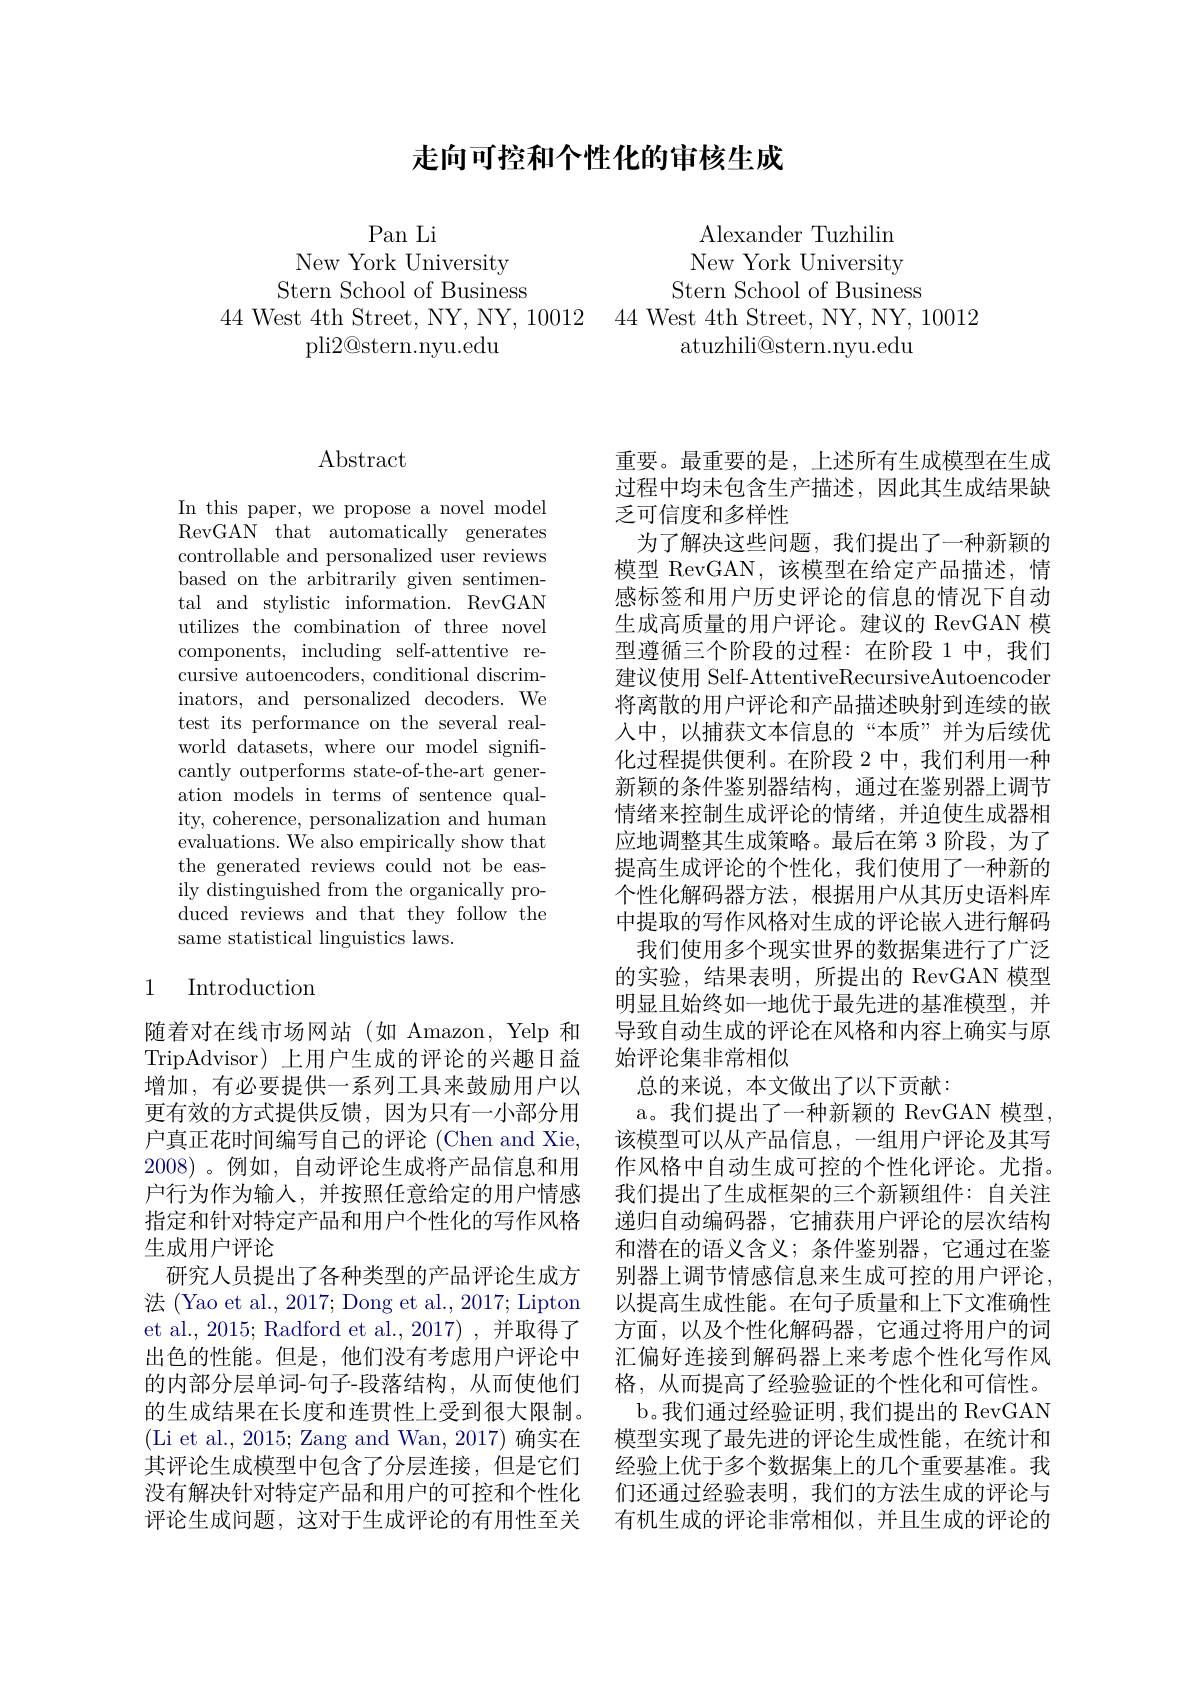
## 走向可控和个性化的审核生成

Pan Li
New York University
Stern School of Business
44 West 4th Street, NY, NY, 10012 44 West 4th Street, NY, NY, 10012
pli2@stern.nyu.edu

Alexander Tuzhilin New York University Stern School of Business atuzhili@stern.nyu.edu

# Abstract

In this paper, we propose a novel model RevGAN that automatically generates controllable and personalized user reviews based on the arbitrarily given sentimental and stylistic information. RevGAN utilizes the combination of three novel components, including self-attentive recursive autoencoders, conditional discriminators, and personalized decoders. We test its performance on the several realworld datasets, where our model significantly outperforms state-of-the-art generation models in terms of sentence quality, coherence, personalization and human evaluations. We also empirically show that the generated reviews could not be easily distinguished from the organically produced reviews and that they follow the same statistical linguistics laws.

## 1 Introduction

随着对在线市场网站(如 Amazon, Yelp 和TripAdvisor) 上用户生成的评论的兴趣日益增加，有必要提供一系列工具来鼓励用户以更有效的方式提供反馈，因为只有一小部分用户真正花时间编写自己的评论 (Chen and Xie, 2008)。例如，自动评论生成将产品信息和用户行为作为输入，并按照任意给定的用户情感指定和针对特定产品和用户个性化的写作风格生成用户评论
研究人员提出了各种类型的产品评论生成方法 (Yao et al., 2017; Dong et al., 2017; Lipton et al., 2015; Radford et al., 2017) , 并取得了出色的性能。但是，他们没有考虑用户评论中的内部分层单词-句子-段落结构，从而使他们的生成结果在长度和连贯性上受到很大限制。(Li et al., 2015; Zang and Wan, 2017) 确实在其评论生成模型中包含了分层连接，但是它们没有解决针对特定产品和用户的可控和个性化评论生成问题，这对于生成评论的有用性至关

重要。最重要的是，上述所有生成模型在生成过程中均未包含生产描述，因此其生成结果缺乏可信度和多样性
为了解决这些问题，我们提出了一种新颖的模型 RevGAN,该模型在给定产品描述，情感标签和用户历史评论的信息的情况下自动生成高质量的用户评论。建议的 RevGAN 模型遵循三个阶段的过程：在阶段 1 中，我们建议使用 Self-AttentiveRecursiveAutoencoder 将离散的用户评论和产品描述映射到连续的嵌人中，以捕获文本信息的“本质”并为后续优化过程提供便利。在阶段 2 中，我们利用一种新颖的条件鉴别器结构，通过在鉴别器上调节情绪来控制生成评论的情绪，并迫使生成器相应地调整其生成策略。最后在第 3 阶段，为了提高生成评论的个性化，我们使用了一种新的个性化解码器方法，根据用户从其历史语料库中提取的写作风格对生成的评论嵌入进行解码
我们使用多个现实世界的数据集进行了广泛的实验，结果表明，所提出的 RevGAN 模型明显且始终如一地优于最先进的基准模型，并导致自动生成的评论在风格和内容上确实与原始评论集非常相似
总的来说，本文做出了以下贡献：
a。我们提出了一种新颖的 RevGAN 模型该模型可以从产品信息，一组用户评论及其写作风格中自动生成可控的个性化评论。尤指。我们提出了生成框架的三个新颖组件：自关注递归自动编码器，它捕获用户评论的层次结构和潜在的语义含义；条件鉴别器，它通过在鉴别器上调节情感信息来生成可控的用户评论， 以提高生成性能。在句子质量和上下文准确性方面，以及个性化解码器，它通过将用户的词汇偏好连接到解码器上来考虑个性化写作风格，从而提高了经验验证的个性化和可信性。b。我们通过经验证明，我们提出的 RevGAN 模型实现了最先进的评论生成性能，在统计和经验上优于多个数据集上的几个重要基准。我们还通过经验表明，我们的方法生成的评论与有机生成的评论非常相似，并且生成的评论的